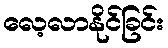
လေ့လာနိုင်ခြင်း